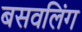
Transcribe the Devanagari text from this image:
बसवलिंग